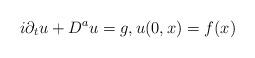
LaTeX: \begin{align*}i\partial_{t}u+D^a u=g,u(0,x)=f(x)\end{align*}